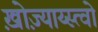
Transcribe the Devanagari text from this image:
ख़ोज़्याय्स्त्वो